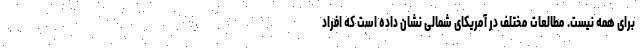
برای همه نیست. مطالعات مختلف در آمریکای شمالی نشان داده است که افراد